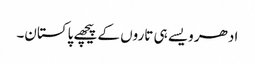
ادھر ویسے ہی تاروں کے پیچھے پاکستان۔